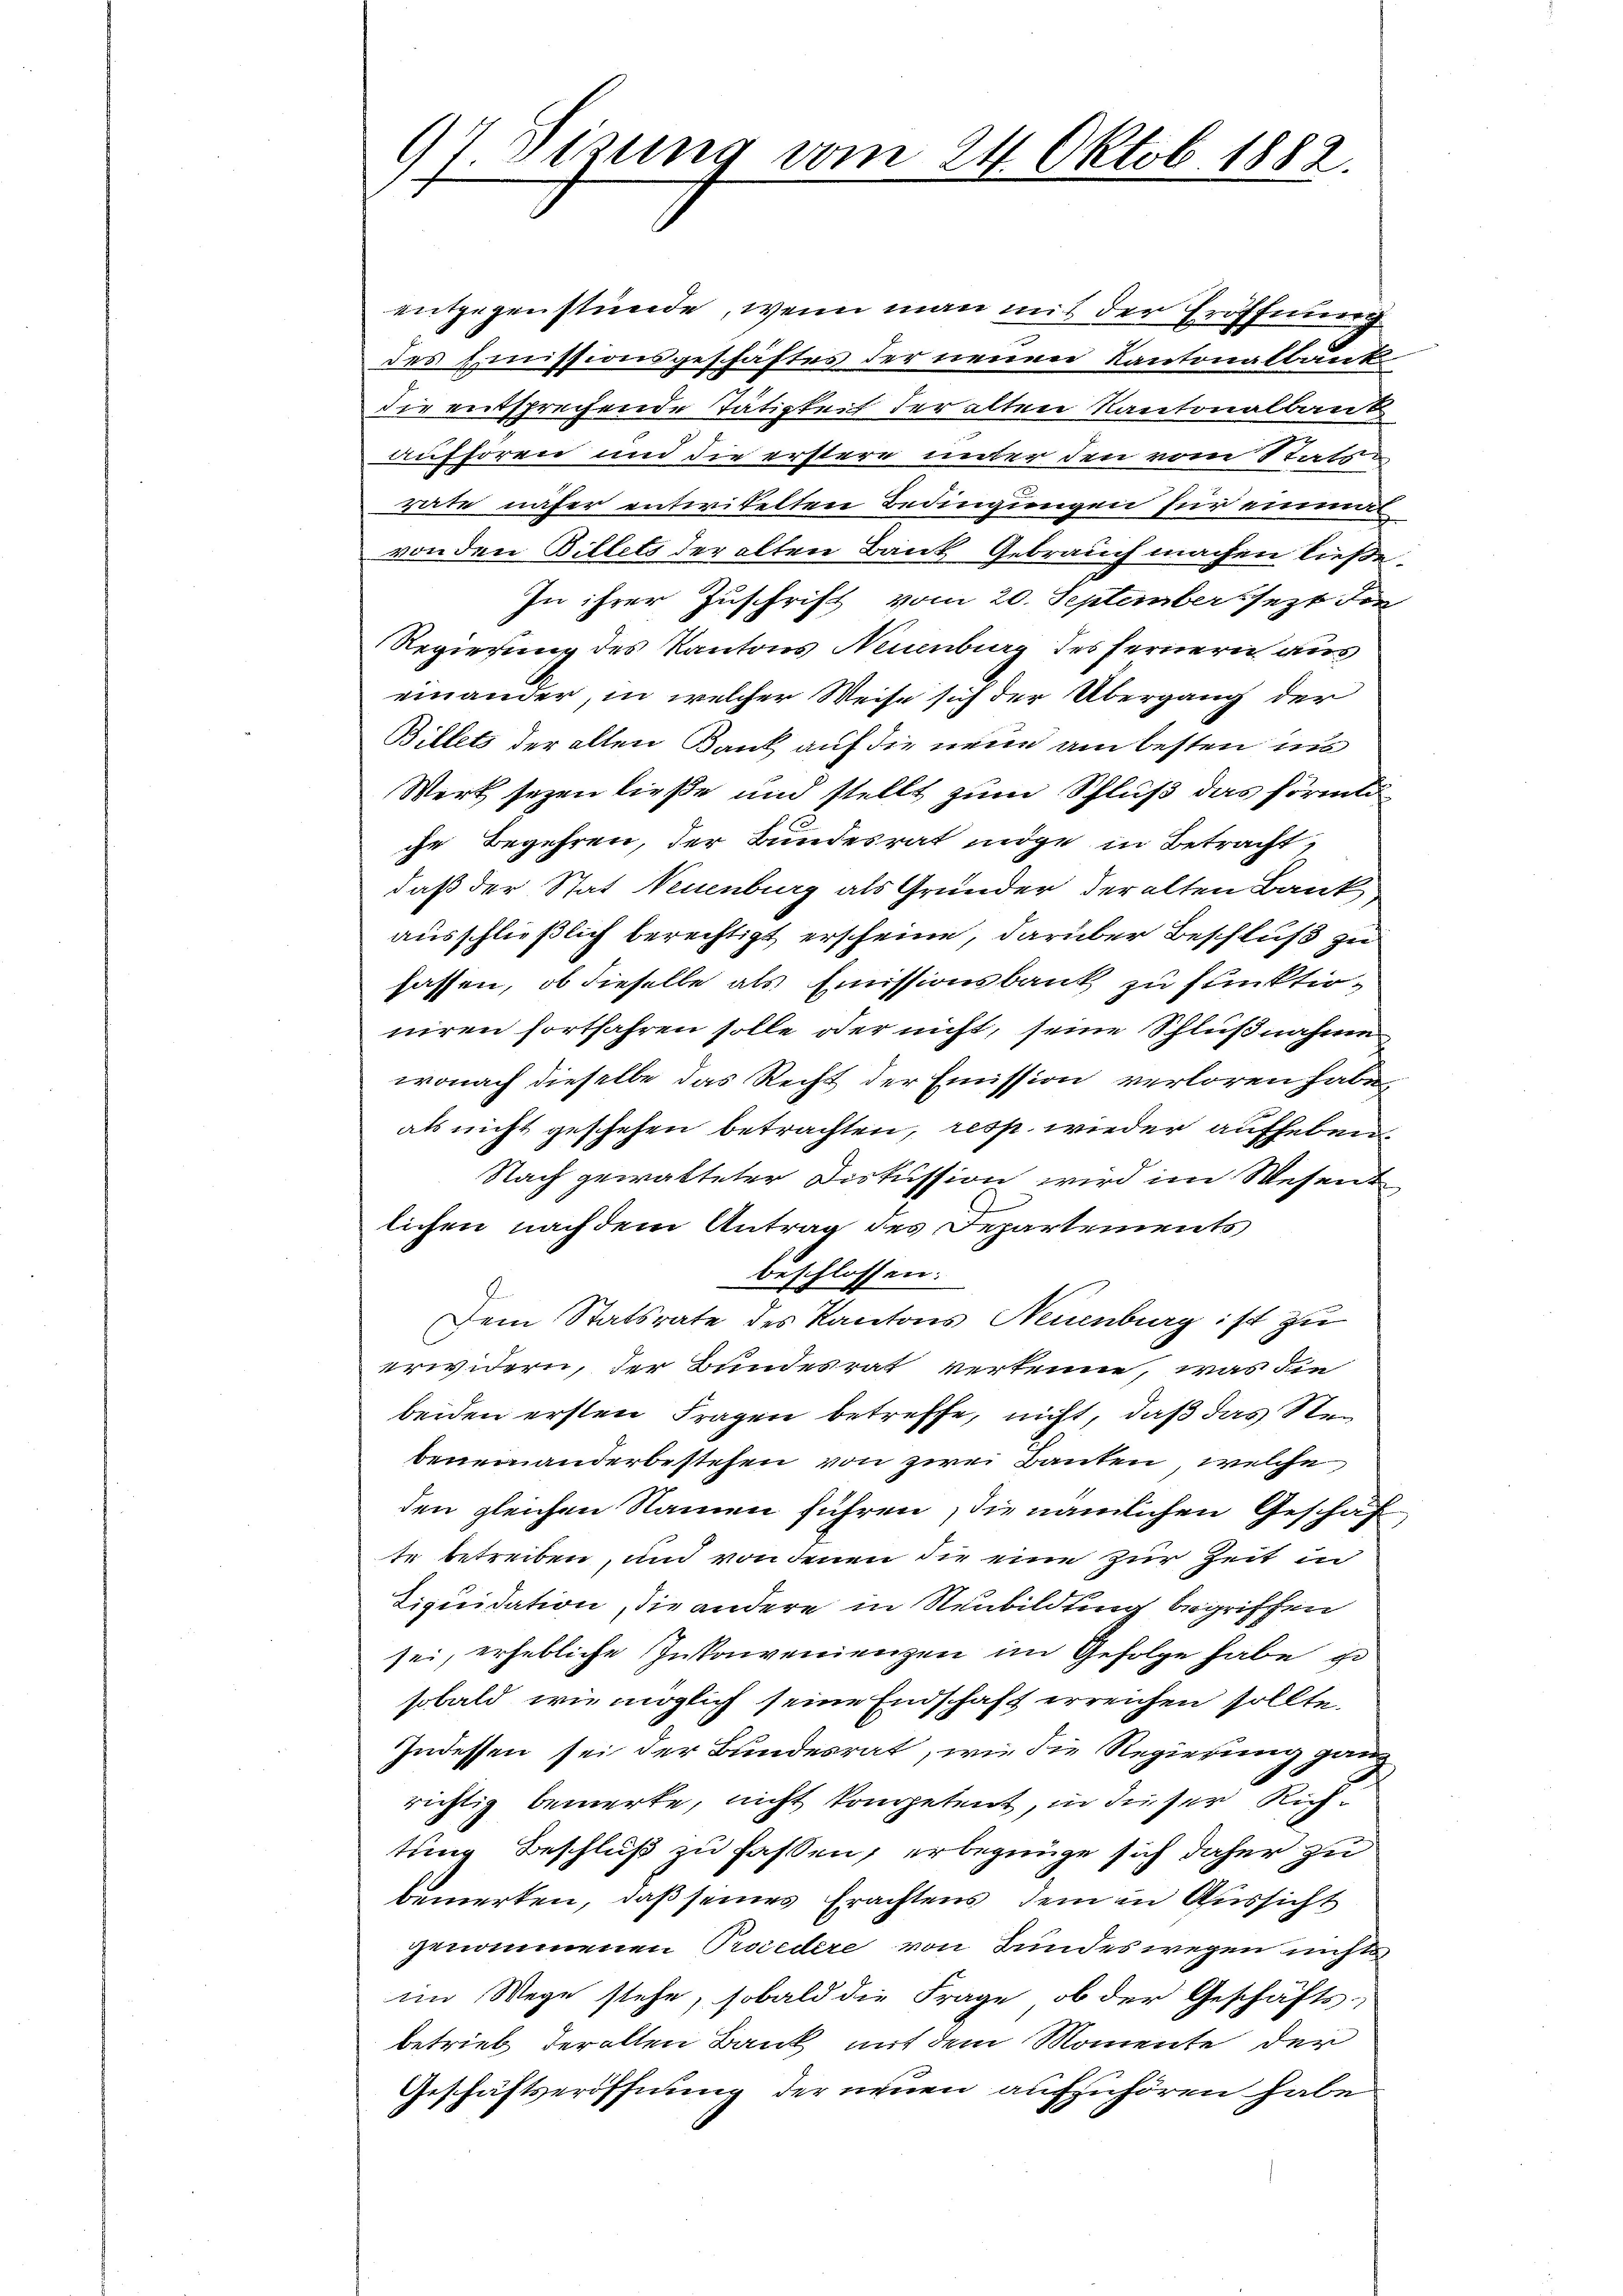
97. Sizung vom 24. Oktob. 1882.

entgegenstünde, wenn man mit der Eröffnung
des Emissionsgeschäftes der neuen Kantonalbank
die entsprechende Tätigkeit der alten Kantonalbaut
aufhören und die erstere unter den vom Statsrate näher entwitelten Bedingungen für einmal
von den Billets der alten Bank Gebrauch machen ließe.
In ihrer Zuschrift vom 20. September sezt die
Regierung des Kantons Neuenburg des fernern aus
einander, in welcher Weise sich der Übergang der
Billets der allen Bank auf die neue am besten ins
Werk sezen ließe und stellt zum Schluß das förmli
ihr Begehren, der Bundesrat möge in Betracht,
daß der Stat Neuenburg als Grunder, der alten Bank
ausschließlich berechtigt erscheine, darüber Beschluß zu
fassen, ob dieselbe als Emissionsbank zu funktioniren fortfahren solle oder nicht, seine Schlußnahme
wonach dieselbe das Recht der Emission verloren habe,
als nicht geschehen betrachten, resp. wieder aufheben,
Nach gewalteter Diskussion wird im Wesent
lichen nach dem Antrag des Departements
beschlossen:
Dem Statsrate des Kantons Neuenburg ist zu
erwidern, der Bundesrat verkenne, was die
beiden ersten Fragen betreffe, nicht, daß das Rebeneinanderbestehen von zwei Bauten, welche
den gleichen Namen führen, die nämlichen Geschäf
te betreiben, und von denen die eine zur Zeit in
Liquidation, die andere in Neubildung begriffen
sei, erhebliche Inkonvenienzen im Gefolge habe je
sobald wie möglich seine Endschaft erreichen sollte.
Indessen sei der Bundesrat, wie die Regierung ganz
richtig bemerke, nicht kompetent, in dieser Richtung Beschluß zu fassen, erbegnüge sich daher zu
bemerken, daß seines Erachtens dem in Aussicht
genommenen Procedere von Bundeswegen nichts
im Wege stehe, sobald die Frage, ob der Geschäfts-
betrieb der alten Bank mit dem Momente der
Geschäftseröffnung der neuen aufzuhören habe